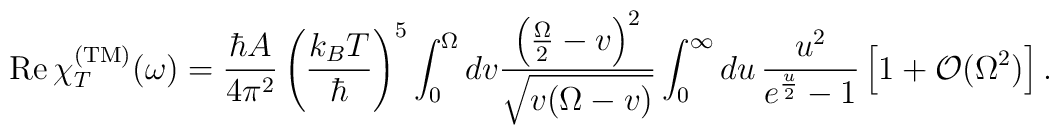
{\rm Re}\, \chi^{\rm (TM)}_T(\omega) = \frac{\hbar A}{4\pi^2}\left(\frac{k_B T}{\hbar}\right)^5\int_0^{\Omega}dv\frac{\left(\frac{\Omega}{2}-v\right)^2}{\sqrt{v(\Omega-v)}}\int_{0}^{\infty} du\,  \frac{u^2}{e^{\frac{u}{2}}-1}\left[1+{\cal O}(\Omega^2)\right].